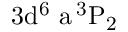
\mathrm { 3 d ^ { 6 } \ a \, ^ { 3 } P _ { 2 } }